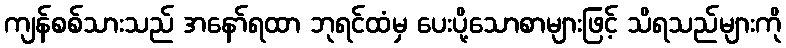
ကျန်စစ်သားသည် အနော်ရထာ ဘုရင်ထံမှ ပေးပို့သောစာများဖြင့် သိရသည်များကို